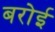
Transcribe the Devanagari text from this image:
बरोई